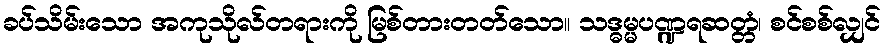
ခပ်သိမ်းသော အကုသိုလ်တရားကို မြစ်တားတတ်သော။ သဒ္ဓမ္မပဏ္ဍရဆတ္တံ၊ စင်စစ်လျှင်